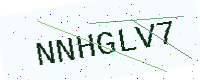
Text: NNHGLV7